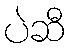
ပဲဆီ